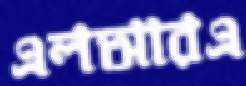
এলআরএ